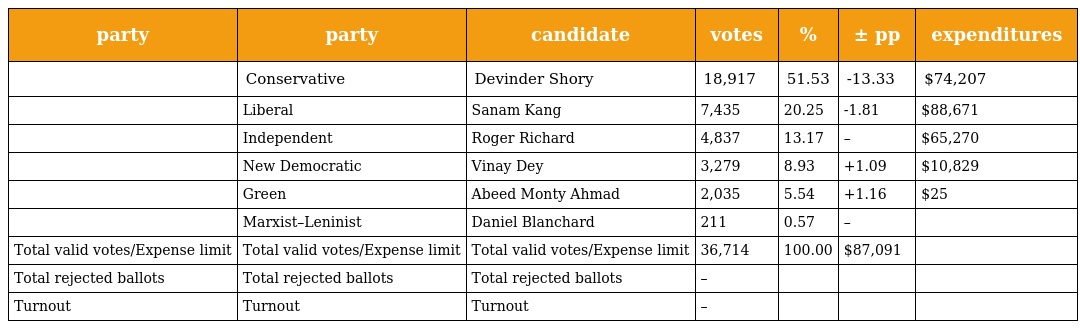
| party | party | candidate | votes | % | ± pp | expenditures |
 | --- | --- | --- | --- | --- | --- | --- |
 |  | Conservative | Devinder Shory | 18,917 | 51.53 | -13.33 | $74,207 |
 |  | Liberal | Sanam Kang | 7,435 | 20.25 | -1.81 | $88,671 |
 |  | Independent | Roger Richard | 4,837 | 13.17 | – | $65,270 |
 |  | New Democratic | Vinay Dey | 3,279 | 8.93 | +1.09 | $10,829 |
 |  | Green | Abeed Monty Ahmad | 2,035 | 5.54 | +1.16 | $25 |
 |  | Marxist–Leninist | Daniel Blanchard | 211 | 0.57 | – |  |
 | Total valid votes/Expense limit | Total valid votes/Expense limit | Total valid votes/Expense limit | 36,714 | 100.00 | $87,091 |  |
 | Total rejected ballots | Total rejected ballots | Total rejected ballots | – |  |  |  |
 | Turnout | Turnout | Turnout | – |  |  |  |